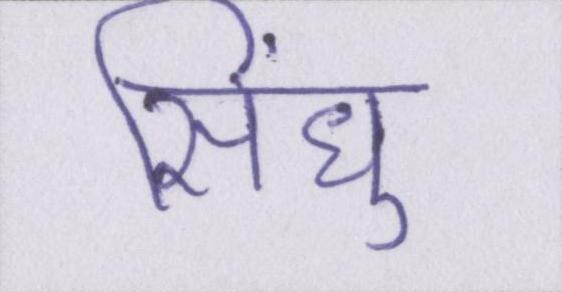
सिंधु